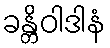
ခန္တိဝါဒါနံ